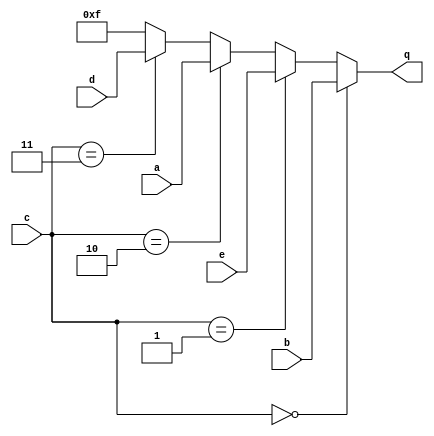
//This is a combinational circuit. Read the simulation waveforms to determine what the circuit does, then implement it.

module top_module (
    input [3:0] a,
    input [3:0] b,
    input [3:0] c,
    input [3:0] d,
    input [3:0] e,
    output [3:0] q );
   
    reg [3:0] q_tmp;
    
    assign q = q_tmp;
    
    always @(*) begin
        if (c == 0)
            q_tmp = b;
        else if (c == 1)
            q_tmp = e;
        else if (c == 2)
            q_tmp = a;
        else if (c == 3)
            q_tmp = d;
        else
            q_tmp = 4'hf;
    end
    
endmodule